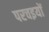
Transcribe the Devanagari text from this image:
परचइयों